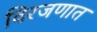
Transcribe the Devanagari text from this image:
विरजणात